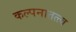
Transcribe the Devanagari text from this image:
कल्पनातत्त्व